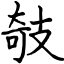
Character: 攲